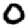
Digit: 0